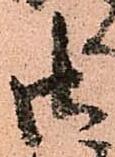
御